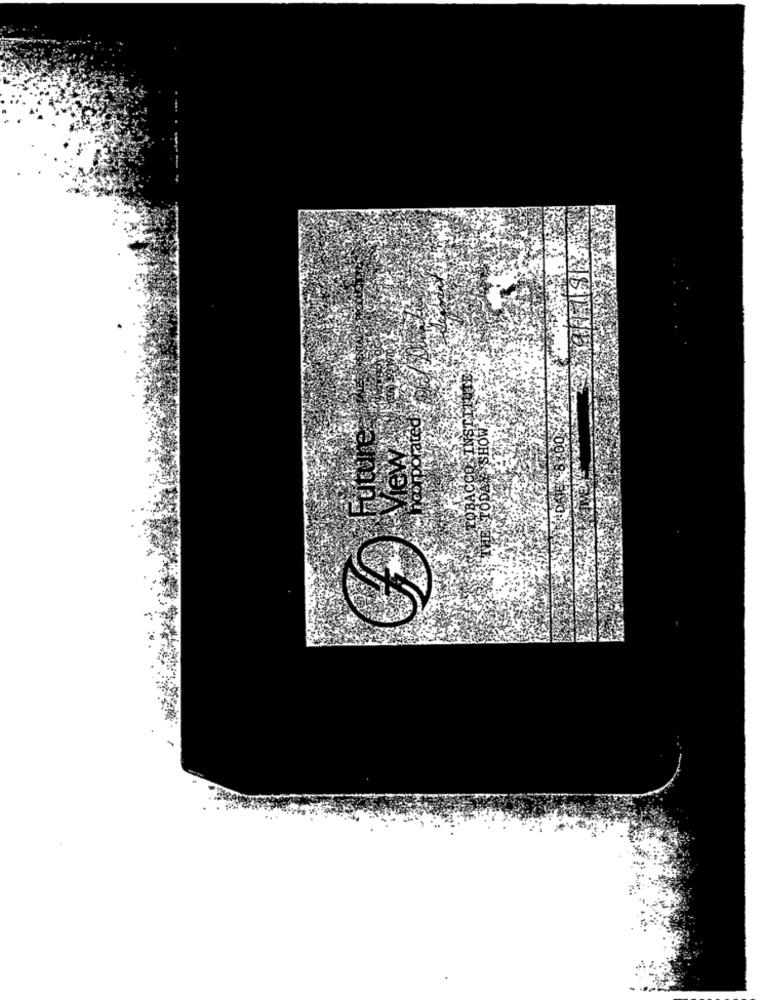
MOHS